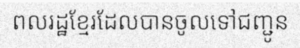
ពលរដ្ឋខ្មែរដែលបានចូលទៅជញ្ជូន